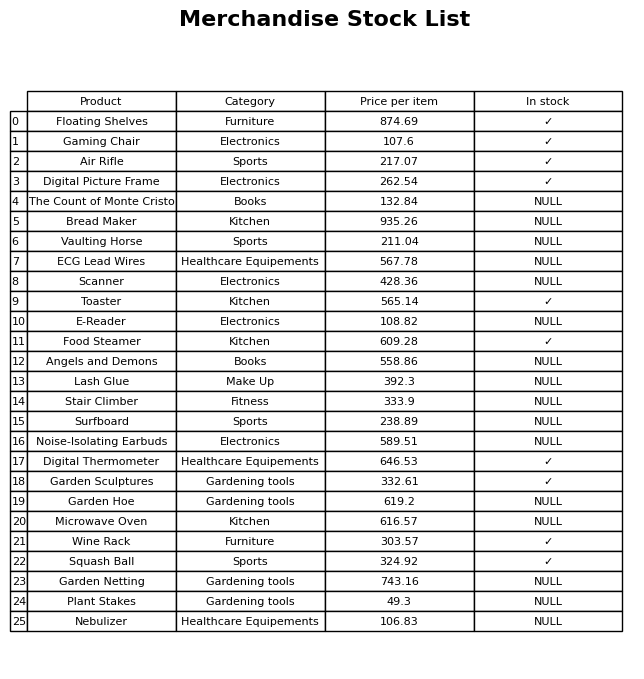
question: What is the price for Squash Ball?
answer: The price of Squash Ball is 324.92.